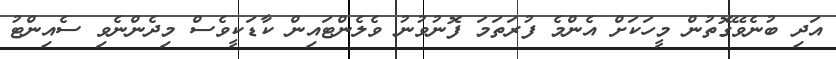
އަދި ބުނެވޭގޮތުން މީހަކަށް އެންމެ ފުރަތަމަ ފޮނުވުނު ވެލެންޓައިން ކާޑަކީވެސް މިދެންނެވި ސެއިންޓު